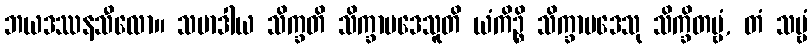
ဘယဒဿနသီလော။ သမာဒါယ သိက္ခတိ သိက္ခာပဒေသူတိ ယံကိဉ္စိ သိက္ခာပဒေသု သိက္ခိတဗ္ဗံ, တံ သဗ္ဗံ